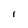
Character: l